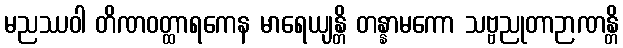
မညဿဝါ တိဏဝတ္ထာရကေန မာရေယျန္တိ တန္နာမကော သဗ္ဗညုတာဉာဏန္တိ